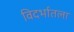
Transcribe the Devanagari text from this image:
विदर्भातला